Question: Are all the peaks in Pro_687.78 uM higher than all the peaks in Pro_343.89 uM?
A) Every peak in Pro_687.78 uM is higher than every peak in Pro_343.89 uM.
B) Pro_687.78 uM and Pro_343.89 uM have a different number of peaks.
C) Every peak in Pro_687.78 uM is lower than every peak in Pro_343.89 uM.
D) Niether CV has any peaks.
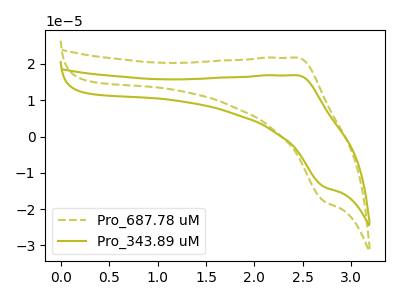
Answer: <think>The olive dashed curve "Pro_687.78 uM" has an anodic peak at (2.45V, 21.75uA) and a cathodic peak at (2.70V, -17.75uA). The olive curve "Pro_343.89 uM" has an anodic peak at (2.45V, 16.90uA) and a cathodic peak at (2.70V, -13.80uA).</think>
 <answer>A) Every peak in "Pro_687.78 uM" is higher than every peak in "Pro_343.89 uM".</answer>
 <eval>A</eval>